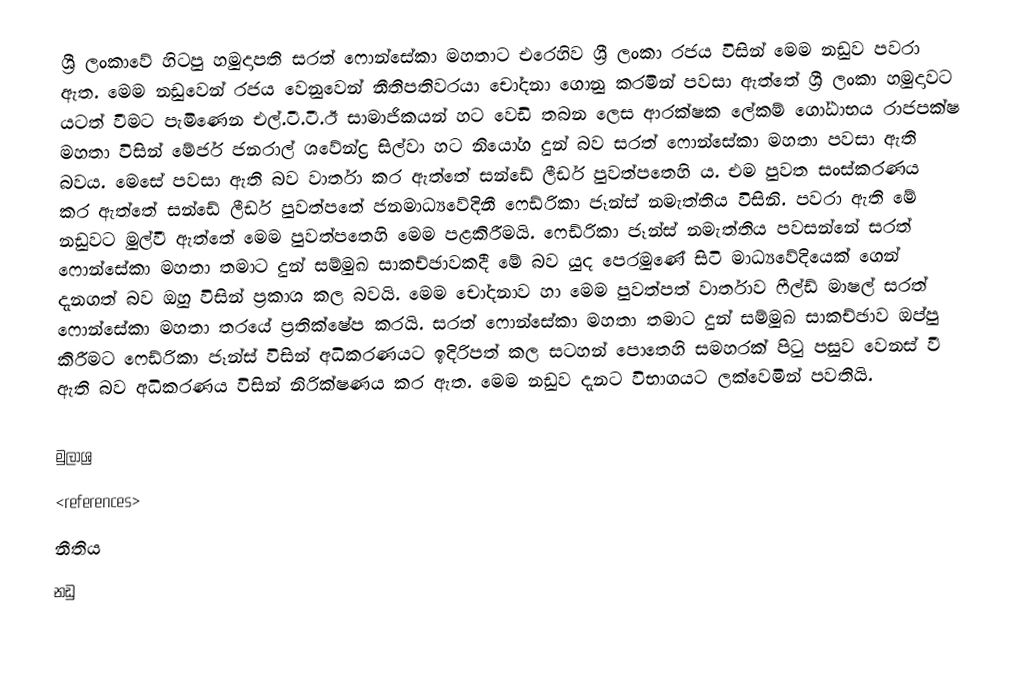
ශ්‍රී ලංකාවේ හිටපු හමුදාපති සරත් ෆොන්සේකා මහතාට එරෙහිව ශ්‍රී ලංකා රජය විසින් මෙම නඩුව පවරා ඇත. මෙම නඩුවෙන් රජය වෙනුවෙන් නීතිපතිවරයා චෝදනා ගොනු කරමින් පවසා ඇත්තේ ශ්‍රී ලංකා හමුදාවට යටත් වීමට පැමිණෙන එල්.ටී.ටී.ඊ සාමාජිකයන් හට වෙඩි තබන ලෙස ආරක්ෂක ලේකම් ගෝඨාභය රාජපක්ෂ මහතා විසින් මේජර් ජනරාල් ශවේන්ද්‍ර සිල්වා හට නියෝග දුන් බව සරත් ෆොන්සේකා මහතා පවසා ඇති බවය.  මෙසේ පවසා ඇති බව වාර්තා කර ඇත්තේ සන්ඩේ ලීඩර් පුවත්පතෙහි ය. එම පුවත සංස්කරණය කර ඇත්තේ සන්ඩේ ලීඩර් පුවත්පතේ ජනමාධ්‍යවේදිනී ෆෙඩ්රිකා ජෑන්ස් නමැත්තිය විසිනි. පවරා ඇති මේ නඩුවට මුල්වී ඇත්තේ  මෙම පුවත්පතෙහි මෙම පළකිරීමයි. ෆෙඩ්රිකා ජෑන්ස් නමැත්තිය පවසන්නේ සරත් ෆොන්සේකා මහතා තමාට දුන් සම්මුඛ සාකච්ඡාවකදී මේ බව යුද පෙරමුණේ සිටි මාධ්‍යවේදියෙක් ගෙන් දැනගත් බව ඔහු විසින් ප්‍රකාශ කල බවයි. මෙම චෝදනාව හා මෙම පුවත්පත් වාර්තාව ෆීල්ඩ් මාෂල් සරත් ෆොන්සේකා මහතා තරයේ ප්‍රතික්ෂේප කරයි. සරත් ෆොන්සේකා මහතා තමාට දුන් සම්මුඛ සාකච්ඡාව ඔප්පු කිරීමට ෆෙඩ්රිකා ජෑන්ස් විසින් අධිකරණයට ඉදිරිපත් කල සටහන් පොතෙහි සමහරක් පිටු පසුව වෙනස් වී ඇති බව අධිකරණය විසින් නිරික්ෂණය කර ඇත. මෙම නඩුව දැනට විභාගයට ලක්වෙමින් පවතියි.

මුලාශ්‍ර
<references>
නීතිය
නඩු